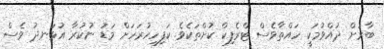
ބާރަށް ދުއްވުމަކީ ހައްތާވެސް ޓްރެފިކް ކުށްތަކެވެ. ކަފިހިހުރަހަށް މަޑު ނުކުރާ އުޅަނދު ވެސް